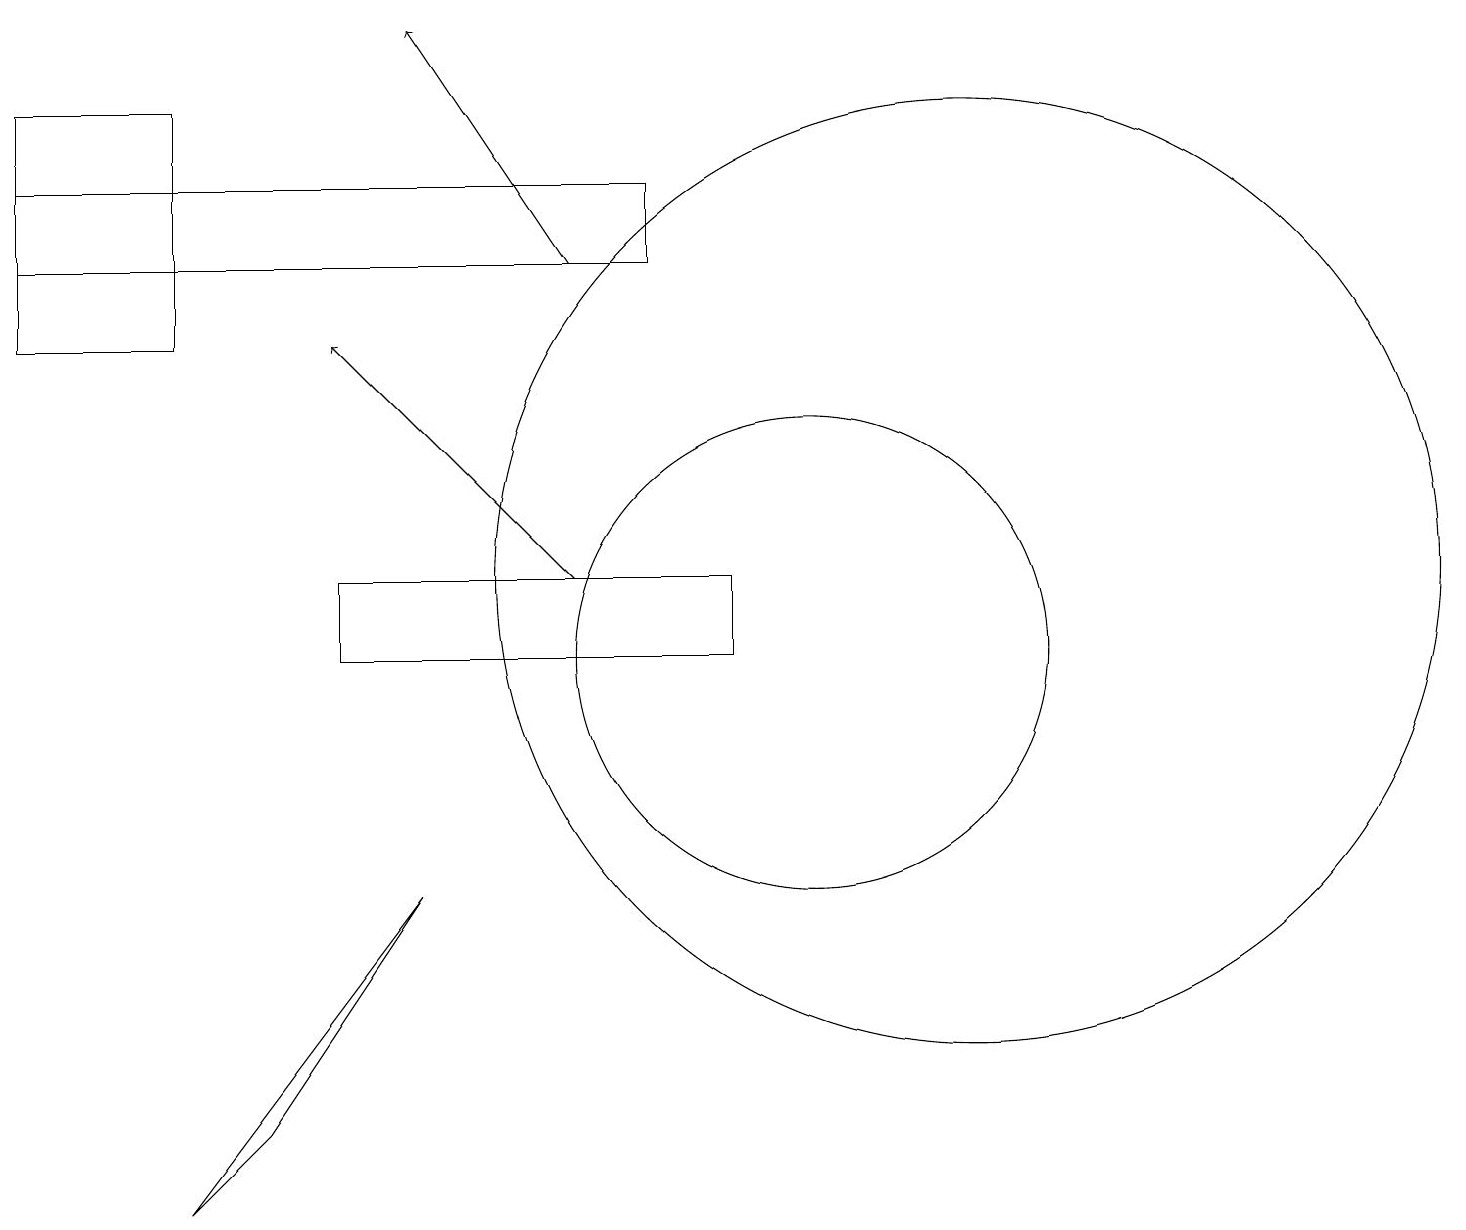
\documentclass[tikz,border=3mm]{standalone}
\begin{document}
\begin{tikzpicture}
\draw[->] (7,11) -- (4,14);
\draw (10,10) circle (3);
\draw[->] (7,15) -- (5,18);
\draw (5,7) -- (3,4) -- (2,3) -- cycle;
\draw (9,10) rectangle (4,11);
\draw (12,11) circle (6);
\draw (0,15) rectangle (8,16);
\draw (2,14) rectangle (0,17);
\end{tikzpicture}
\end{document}